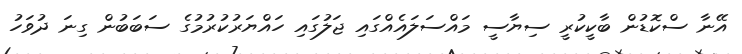
އޭނާ ސްކޮޑުން ބާކީކުރީ ސިޔާސީ މައްސަލައެއްގައި ޖަލުގައި ހައްޔަރުކުރުމުގެ ސަބަބުން ގިނަ ދުވަހު